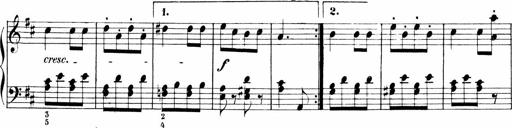
Title: Sonatinen Op.47, 98 und 136, nebst 6 Liedersonatinen
Composer: Carl Reinecke